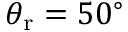
\theta _ { \mathrm { r } } = 5 0 ^ { \circ }